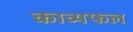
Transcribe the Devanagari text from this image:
काव्यफल